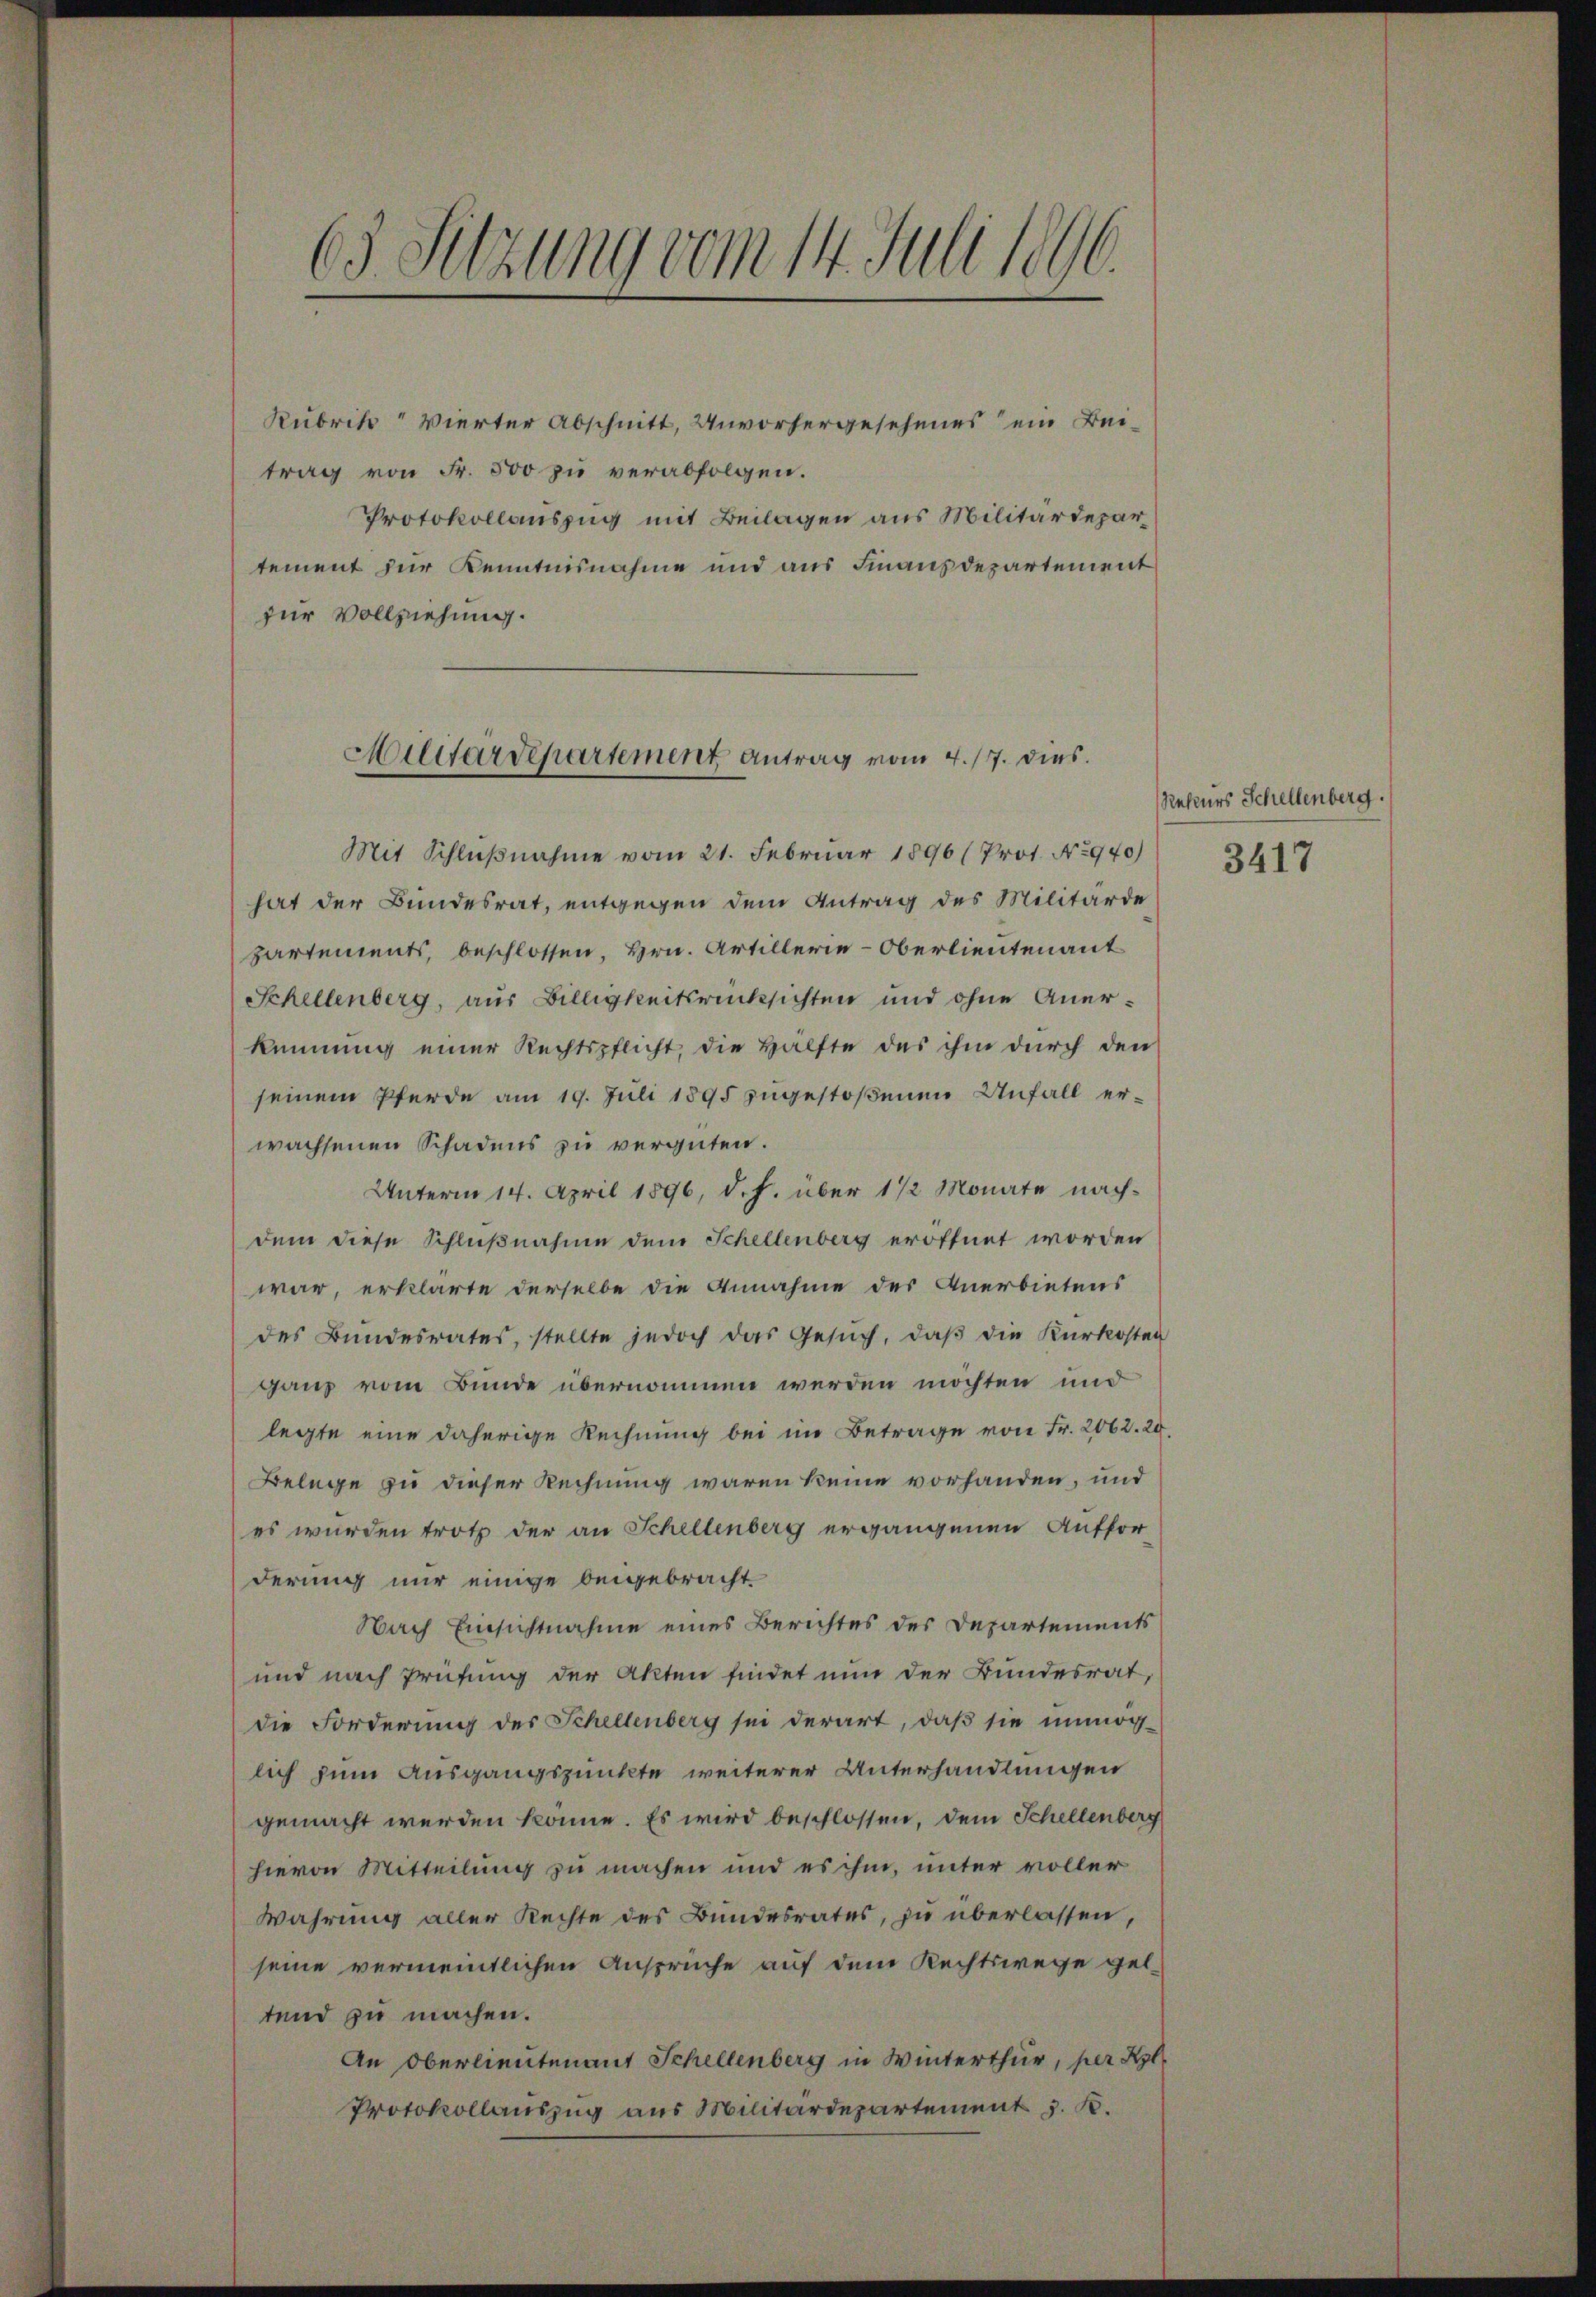
63. Setzung vom 14. Juli 1896.

Rubrik Vierter Abschnitt, Unvorhergesehenes ein Beitrag von Fr. 500 zu verabfolgen.
Protokollauszug mit Beilagen aus Militärdepartement zur Kenntnisnahme und aus Finanzdepartement
zur Vollziehung.

Militärdepartement Antrag vom 4. 17. dies

Schellenberg, aus Billigkeitsrücksichten und ohne Anerkennung einer Rechtspflicht, die Hälfte des ihm durch den
seinem Pferde am 19. Juli 1895 zugestoßenen Unfall erwachsenen Schadens zu vergüten.
Unterm 14. April 1896, d. J. über 1 1/2 Monate nachdem diese Schlußnahme dem Schellenberg eröffnet worden
war, erklärte derselbe die Annahme der Anerbietens
des Bundesrates, stellte jedoch das Gesuch, daβ die Kurkosten
ganz vom Bunde übernommen werden möchten und
legte eine daherige Rechnung bei im Betrage von Fr. 2062. 20.
Belege zu dieser Rechnung waren keine vorhanden, und
es wurden trotz der an Schellenberg ergangenen Auffor
derung nur einige beigebracht.
Nach Einsichtnahme eines Berichtes des Departements
und nach Prüfung der Akten findet nun der Bundesrat,
die Forderung des Schellenberg sei derart, daβ sie unmög-
lich zum Ausgangspunkte weiterer Unterhandlungen
gemacht werden könne. Es wird beschlossen, dem Schellenberg
hievon Mitteilung zu machen und es ihm, unter voller
Wahrung aller Rechte des Bundesrates, zu überlassen,
seine vermeintlichen Ansprüche auf dem Rechtswege geltend zu machen.
An Oberlieutenant Schellenberg in Winterthur, per Kl
Protokollauszug aus Militärdepartement v. K.

Mit Schlußnahme vom 21. Februar 1896 (Prot. No 940)
hat der Bundesrat, entgegen dem Antrag des Militärde
partements, beschlossen, Hrn. Artillerie-Oberlieutenant

Rekurs Schellenberg.

3417